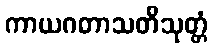
ကာယဂတာသတိသုတ္တံ